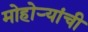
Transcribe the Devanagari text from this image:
मोहोऱ्यांची